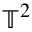
\mathbb { T } ^ { 2 }